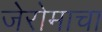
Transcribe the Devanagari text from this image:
जेरोमाचा